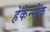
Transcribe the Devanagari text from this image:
हेकेन्सेक